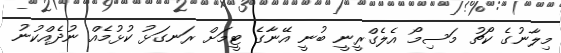
މިލާނުގެ ކޯޗު މަސިމޯ އެލެގްރީނީ ބުނީ އޭނާގެ ޓީމަށް ރަނގަޅު ކުޅުމެއް ނުދެއްކުނު